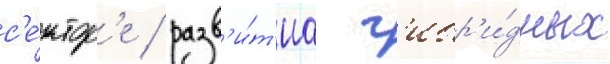
с'е́ктор'е / разв'и́т'иа г'ибр'и́дных